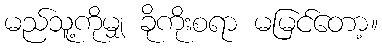
မည်သူ့ကိုမျှ ခိုကိုးစရာ မမြင်တော့။